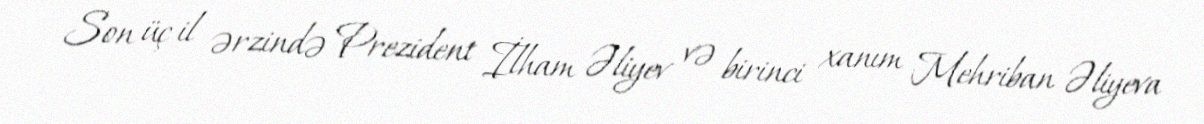
Son üç il ərzində Prezident İlham Əliyev və birinci xanım Mehriban Əliyeva